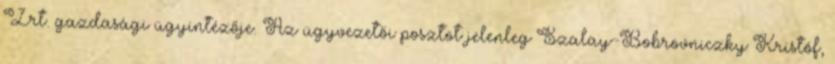
Zrt. gazdasági ügyintézője. Az ügyvezetői posztot jelenleg Szalay-Bobrovniczky Kristóf,